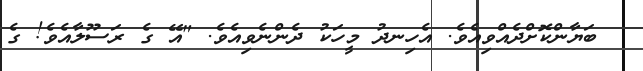
ބަޔާންކޮށްދެއްވިއެވެ. އެހިނދު މީހަކު ދެންނެވިއެވެ. "އޭ ގެ ރަސޫލާއެވެ! ގެ